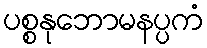
ပစ္စနုဘောမနပ္ပကံ